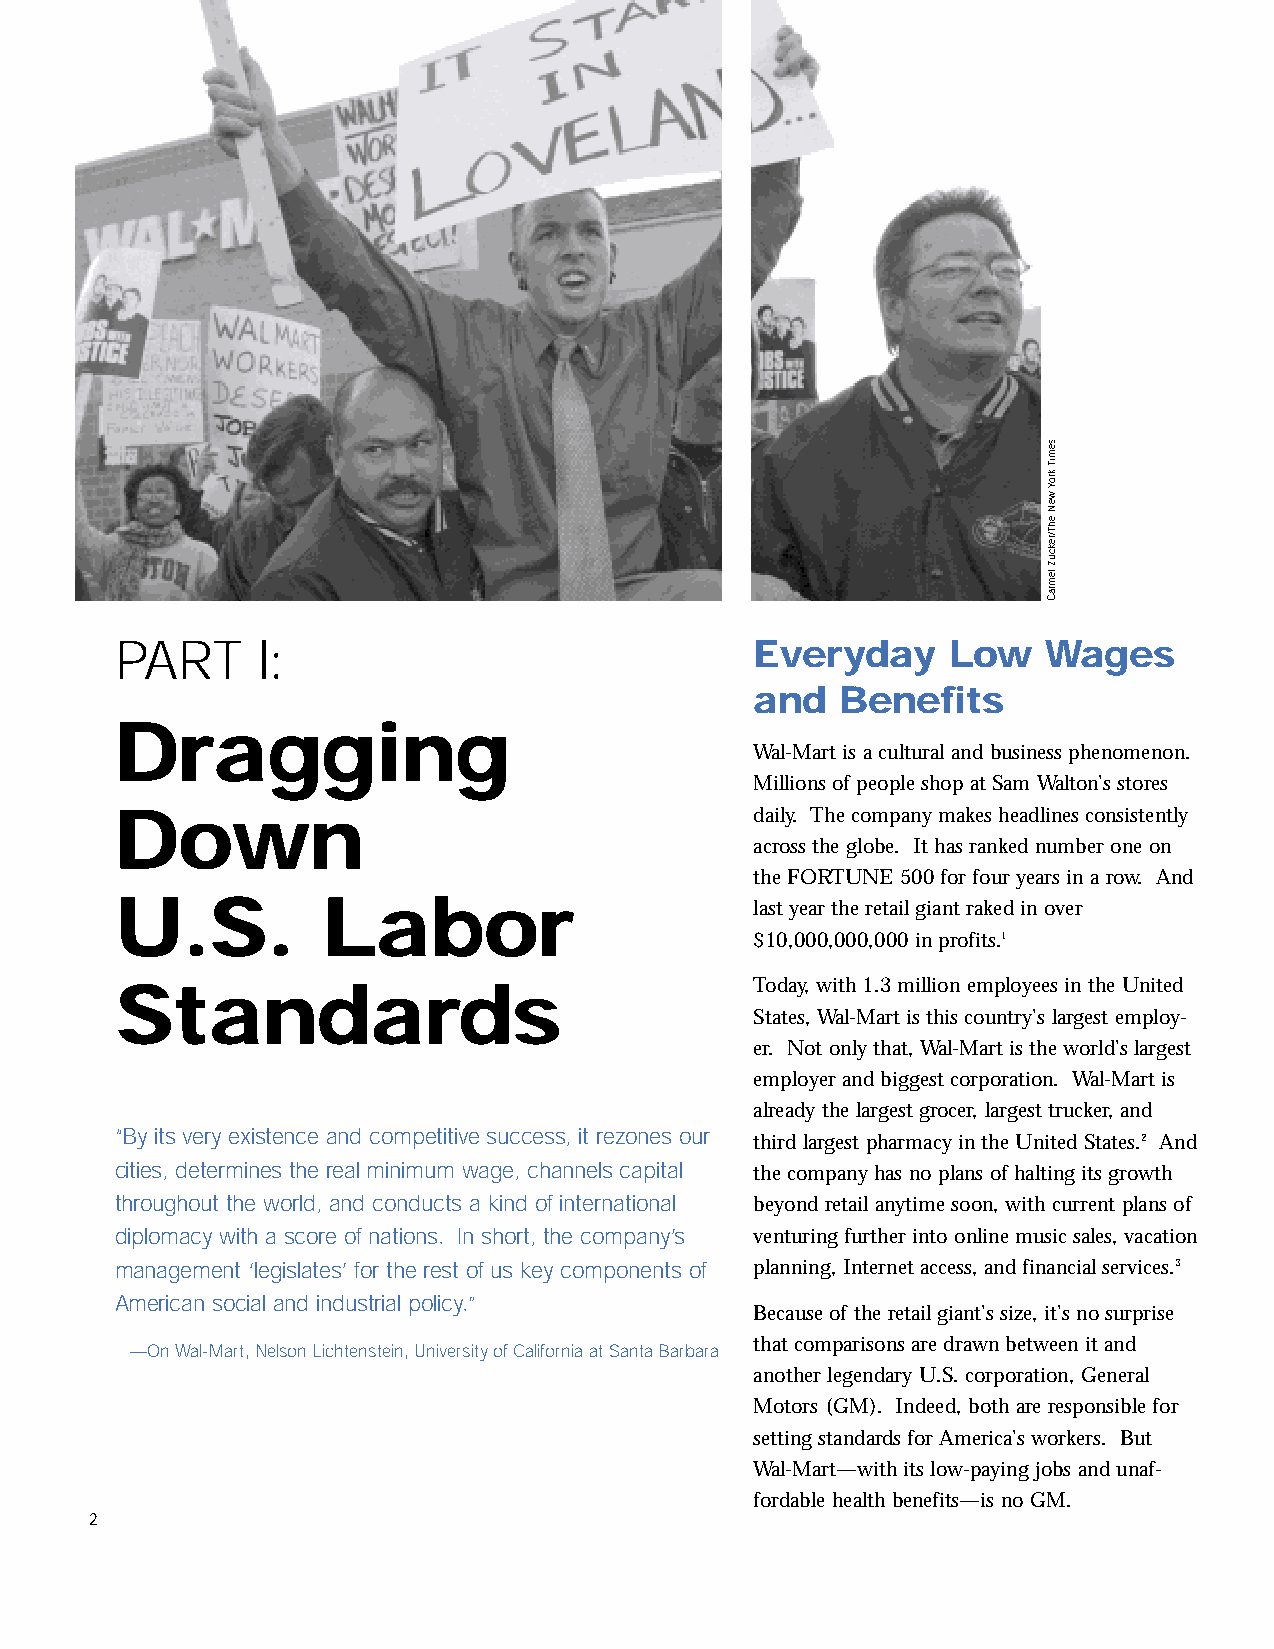
inside2.qxd 11/8/2005 11:17 AM Page 2
 PART     I:                               Everyday     Low   Wages
 and   Benefits
 Dragging
 Wal-Mart is a cultural and business phenomenon.
 Millions of people shop at Sam Walton’s stores
 Down                                      daily. The company makes headlines consistently
 across the globe. It has ranked number one on
 the FORTUNE 500 for four years in a row. And
 U.S.         Labor
 last year the retail giant raked in over
 $10,000,000,000 in profits.1
 Standards                                 Today, with 1.3 million employees in the United
 States, Wal-Mart is this country’s largest employ-
 er. Not only that, Wal-Mart is the world’s largest
 employer and biggest corporation. Wal-Mart is
 already the largest grocer, largest trucker, and
 “By its very existence and competitive success, it rezones our
 third largest pharmacy in the United States.2 And
 cities, determines the real minimum wage, channels capital the company has no plans of halting its growth
 throughout the world, and conducts a kind of international beyond retail anytime soon, with current plans of
 diplomacy with a score of nations. In short, the company’s venturing further into online music sales, vacation
 management ‘legislates’ for the rest of us key components of planning, Internet access, and financial services.3
 American social and industrial policy.”
 Because of the retail giant’s size, it’s no surprise
 that comparisons are drawn between it and
 —On Wal-Mart, Nelson Lichtenstein, University of California at Santa Barbara
 another legendary U.S. corporation, General
 Motors (GM). Indeed, both are responsible for
 setting standards for America’s workers. But
 Wal-Mart—with its low-paying jobs and unaf-
 fordable health benefits—is no GM.
 2
 semiT
 kroY
 weNehT/rekcuZ
 lemraC